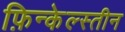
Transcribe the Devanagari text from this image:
फ़िन्केल्स्तीन